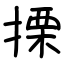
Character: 搮